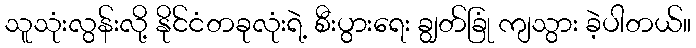
သူသုံးလွန်းလို့ နိုင်ငံတခုလုံးရဲ့ စီးပွားရေး ချွတ်ခြုံ ကျသွား ခဲ့ပါတယ်။